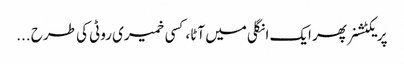
پریکٹشنر پھر ایک انگلی میں آٹا، کسی خمیری روٹی کی طرح ...